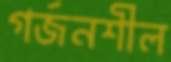
গর্জনশীল